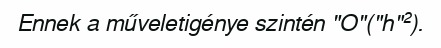
Ennek a műveletigénye szintén "O"("h"²).